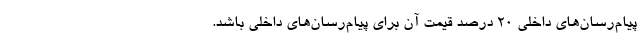
پیام‌رسان‌های داخلی ۲۰ درصد قیمت آن برای پیام‌رسان‌های داخلی باشد.